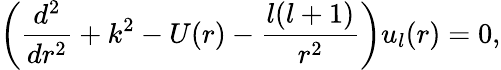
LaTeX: \left(\frac{d^{2}}{dr^{2}}+k^{2}-U(r)-\frac{l(l+1)}{r^{2}}\right)u_{l}(r)=0,